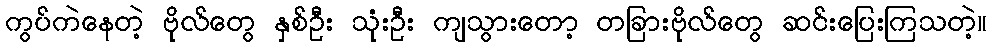
ကွပ်ကဲနေတဲ့ ဗိုလ်တွေ နှစ်ဦး သုံးဦး ကျသွားတော့ တခြားဗိုလ်တွေ ဆင်းပြေးကြသတဲ့။